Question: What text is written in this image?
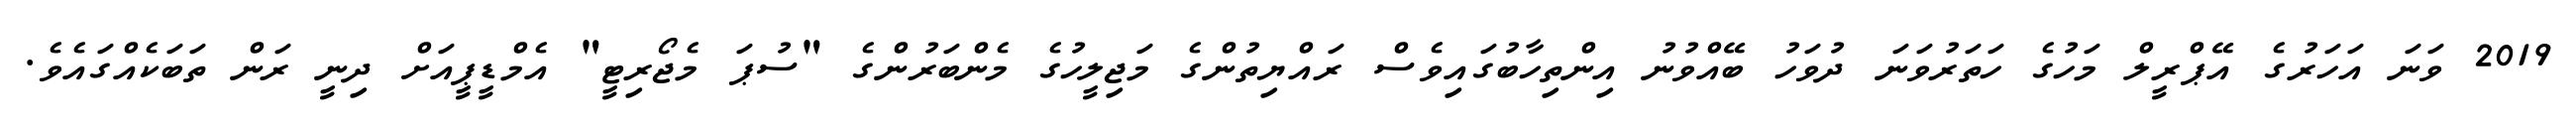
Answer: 2019 ވަނަ އަހަރުގެ އޭޕްރީލް މަހުގެ ހަތަރުވަނަ ދުވަހު ބޭއްވުނު އިންތިހާބުގައިވެސް ރައްޔިތުންގެ މަޖިލީހުގެ މެންބަރުންގެ "ސުޕަ މެޖޯރިޓީ" އެމްޑީޕީއަށް ދިނީ ރަން ތަބަކެއްގައެވެ.